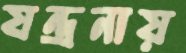
যন্ত্রনায়